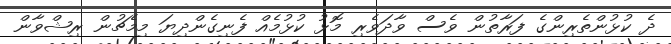
ދެ ކުޅުންތެރިންގެ ފަރާތުން ވެސް ވާދަވެރި މޮޮޅު ކުޅުމެއް ފެނިގެންދިޔަ މިމެޗުން ރިޝްވާން